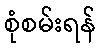
စုံစမ်းရန်